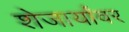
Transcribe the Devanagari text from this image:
शेजार्यांवर